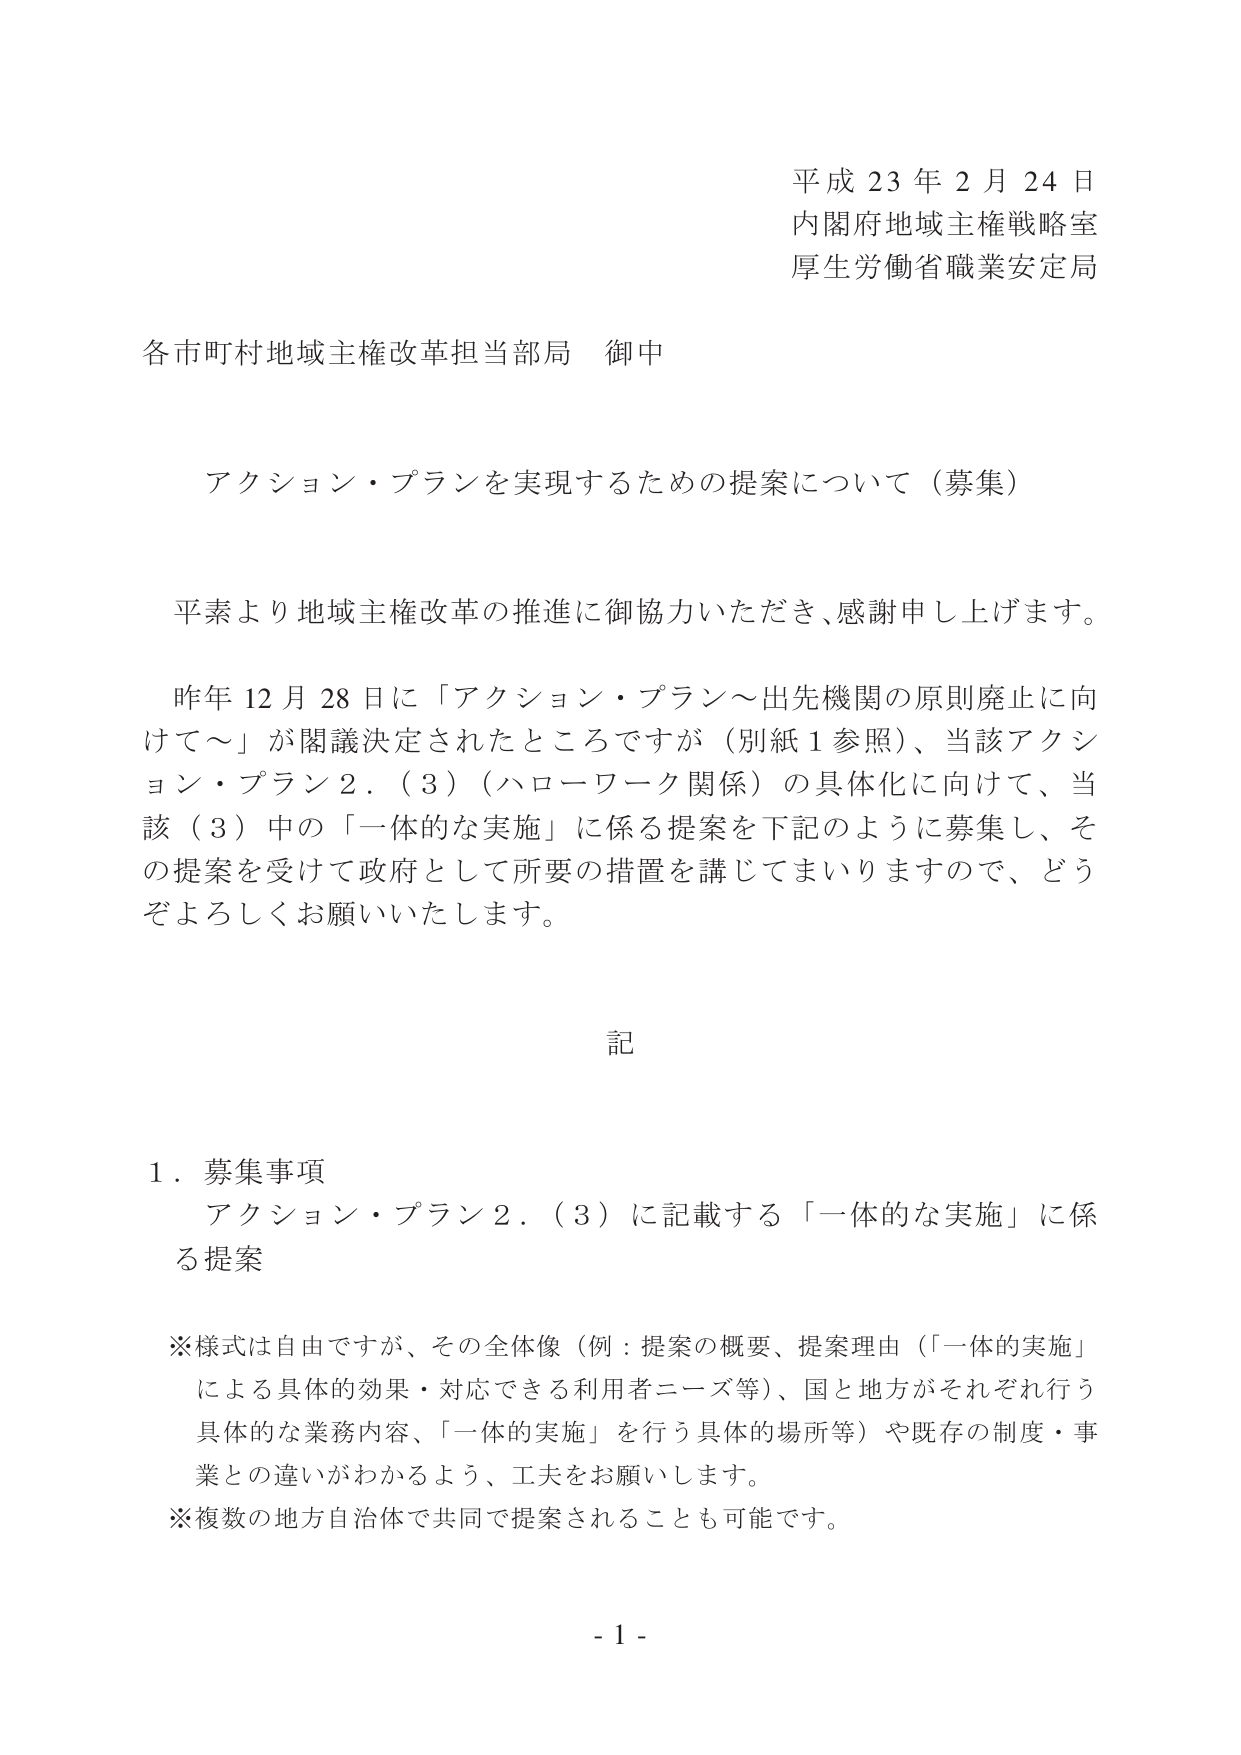
平成23年2月24日
内閣府地域主権戦略室
厚生労働省職業安定局

各市町村地域主権改革担当部局 御中

アクション・プランを実現するための提案について（募集）

平素より地域主権改革の推進に御協力いただき、感謝申し上げます。

昨年12月28日に「アクション・プラン～出先機関の原則廃止に向けて～」が閣議決定されたところですが（別紙1参照）、当該アクション・プラン2．（3）（ハローワーク関係）の具体化に向けて、当該（3）中の「一体的な実施」に係る提案を下記のように募集し、その提案を受けて政府として所要の措置を講じてまいりますので、どうぞよろしくお願いいたします。

記

1．募集事項
　アクション・プラン2．（3）に記載する「一体的な実施」に係る提案

※様式は自由ですが、その全体像（例：提案の概要、提案理由（「一体的実施」による具体的効果・対応できる利用者ニーズ等）、国と地方がそれぞれ行う具体的な業務内容、「一体的実施」を行う具体的場所等）や既存の制度・事業との違いがわかるよう、工夫をお願いします。
※複数の地方自治体で共同で提案されることも可能です。

- 1 -